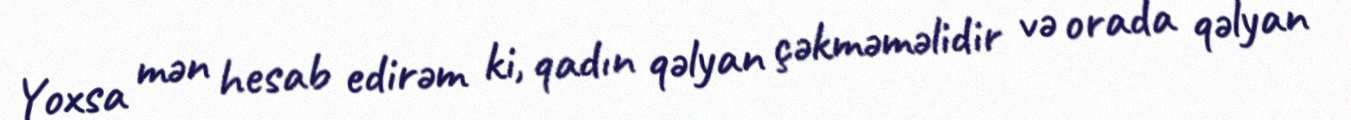
Yoxsa mən hesab edirəm ki, qadın qəlyan çəkməməlidir və orada qəlyan